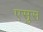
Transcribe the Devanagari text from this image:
एसुस